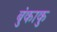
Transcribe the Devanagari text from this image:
बुंकाकु